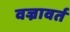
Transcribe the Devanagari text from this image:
वज्रावर्त